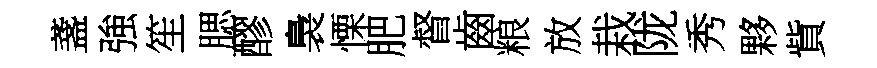
盞強笙腮醪裊慄肥督齒粮放栽陇秀夥貲